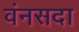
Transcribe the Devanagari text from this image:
वंनसदा